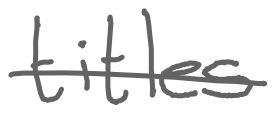
Text: titles
Cross-out: single-line
Writing tool: digital_gray